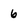
Character: 6